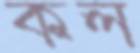
কল